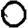
Digit: 0